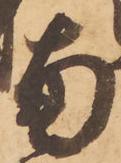
南